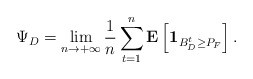
\begin{align*}\Psi_D = \lim_{n \to +\infty} \frac{1}{n} \sum_{t = 1}^{n} \mathbf{E} \left[ \mathbf{1}_{B_{D}^{t} \geq P_{F}} \right].\end{align*}